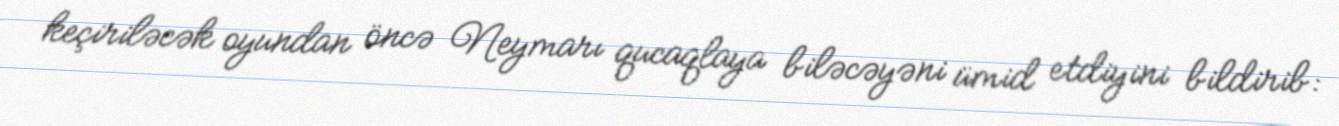
keçiriləcək oyundan öncə Neymarı qucaqlaya biləcəyəni ümid etdiyini bildirib: